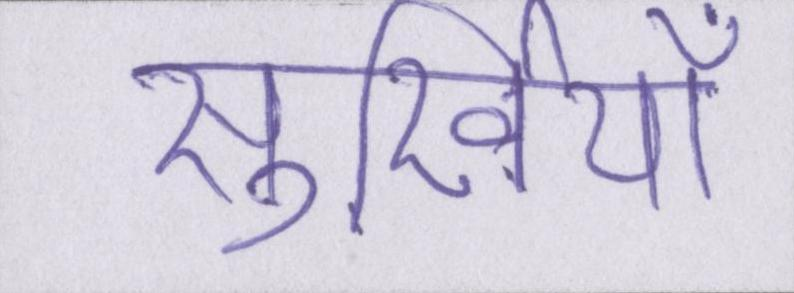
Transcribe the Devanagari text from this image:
सुर्खियाँ